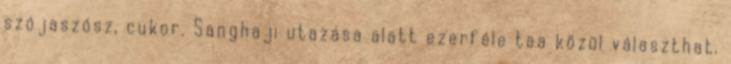
szójaszósz, cukor. Sanghaji utazása alatt ezerféle tea közül választhat.